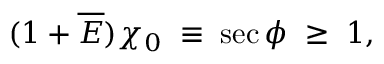
( 1 + \overline { { \cal E } } ) \chi _ { 0 } \; \equiv \; \sec \phi \; \geq \; 1 ,